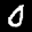
Label: 0